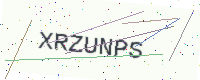
Text: XRZUNPS